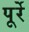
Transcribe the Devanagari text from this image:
पूर्रे